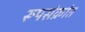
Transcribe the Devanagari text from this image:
रूपसंक्रांत